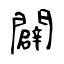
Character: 闢